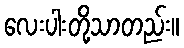
လေးပါးတို့သာတည်း။